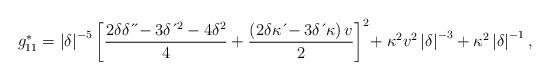
LaTeX: \begin{align*}g_{11}^{\ast}=\left \vert \delta \right \vert ^{-5}\left[ \frac{2\delta \delta \,\acute{}\,\acute{}-3\delta \,\acute{}\,^{2}-4\delta^{2}}{4}+\frac{\left( 2\delta \kappa \,\acute{}-3\delta \,\acute{}\, \kappa \right) v}{2}\right] ^{2}\!+\kappa^{2}v^{2}\left \vert\delta \right \vert ^{-3}+\kappa^{2}\left \vert \delta \right \vert ^{-1},\end{align*}